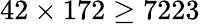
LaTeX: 42\times 172\geq 7223